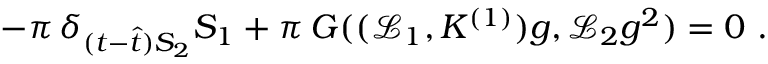
- \pi \, \delta _ { ( t - \hat { t } ) S _ { 2 } } S _ { 1 } + \pi \, G ( ( \mathcal { L } _ { 1 } , K ^ { ( 1 ) } ) g , \mathcal { L } _ { 2 } g ^ { 2 } ) = 0 \ .